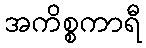
အကိစ္စကာရီ